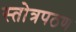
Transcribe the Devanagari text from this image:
स्तोत्रपठण